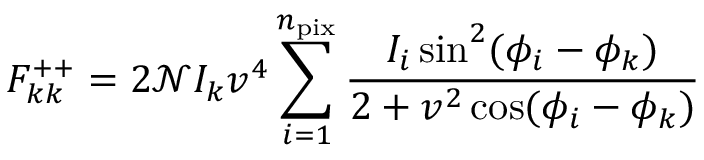
F _ { k k } ^ { + + } = 2 \mathcal { N } I _ { k } v ^ { 4 } \sum _ { i = 1 } ^ { n _ { \mathrm { p i x } } } \frac { I _ { i } \sin ^ { 2 } ( \phi _ { i } - \phi _ { k } ) } { 2 + v ^ { 2 } \cos ( \phi _ { i } - \phi _ { k } ) }